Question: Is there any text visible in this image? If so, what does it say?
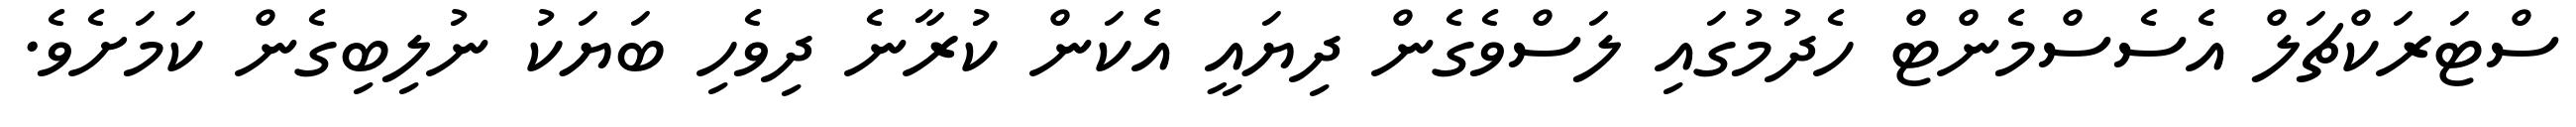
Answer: ސްޓަރަކްޗަލް އެސެސްމެންޓް ހެދުމުގައި ލަސްވެގެން ދިޔައީ އެކަން ކުރާނެ ދިވެހި ބަޔަކު ނުލިބިގެން ކަމަށެވެ.